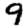
Digit: 9